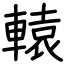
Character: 轅